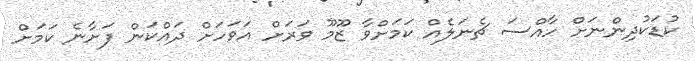
ކުޑަކުދިންނަށް ހާއްސަ ޗެނަލެއް ކަމަށްވާ ޒޫމޫ ވަރަށް އަވަހަށް ދައްކަން ފަށާނެ ކަމަށް